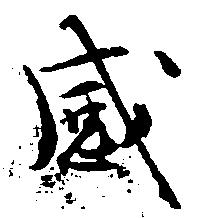
感